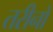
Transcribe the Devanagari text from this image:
तरीनों